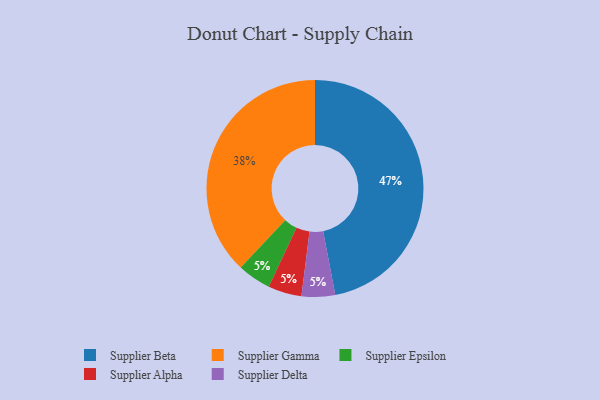
{"axis": {"x": "Category", "y": "Percentage"}, "legend": ["Supplier Alpha", "Supplier Beta", "Supplier Delta", "Supplier Epsilon", "Supplier Gamma"], "data": [{"x": "Supplier Beta", "y": 47, "type": "Supplier Beta"}, {"x": "Supplier Epsilon", "y": 5, "type": "Supplier Epsilon"}, {"x": "Supplier Alpha", "y": 5, "type": "Supplier Alpha"}, {"x": "Supplier Gamma", "y": 38, "type": "Supplier Gamma"}, {"x": "Supplier Delta", "y": 5, "type": "Supplier Delta"}]}